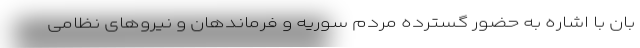
بان با اشاره به حضور گسترده مردم سوریه و فرماندهان و نیروهای نظامی